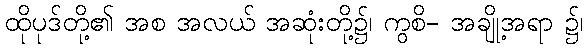
ထိုပုဒ်တို့၏ အစ အလယ် အဆုံးတို့၌၊ ကွစိ- အချို့အရာ ၌၊